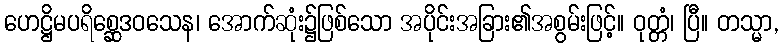
ဟေဋ္ဌိမပရိစ္ဆေဒဝသေန၊ အောက်ဆုံး၌ဖြစ်သော အပိုင်းအခြား၏အစွမ်းဖြင့်။ ဝုတ္တံ၊ ပြီ။ တသ္မာ,